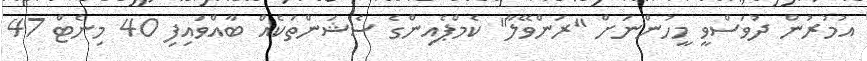
އުމުރުން ދުވަސްވީ މީހުންނަށް "ރަންވޭލާ" ކެމްޕެއިންގެ ސެޝަންތަކެއް ބާއްވައިފި 40 މިނެޓް 47